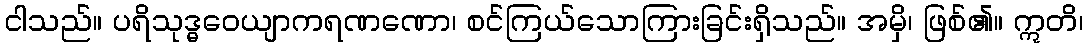
ငါသည်။ ပရိသုဒ္ဓဝေယျာကရဏဏော၊ စင်ကြယ်သောကြားခြင်းရှိသည်။ အမှိ၊ ဖြစ်၏။ ဣတိ၊